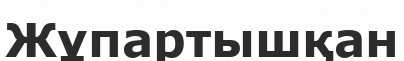
Жұпартышқан